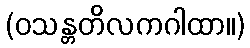
(ဝသန္တတိလကဂါထာ။)